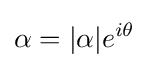
\alpha =|\alpha |e^{i\theta }